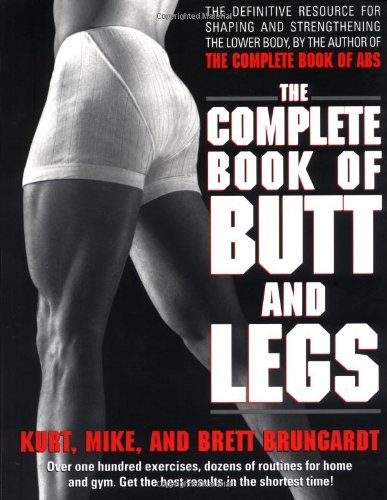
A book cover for The Complete Book of Butt and Legs; Kurt Brungardt; Health, Fitness & Dieting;